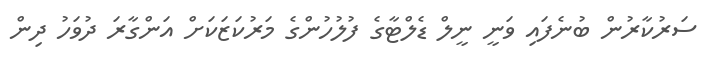
ސަރުކާރުން ބުނެފައި ވަނީ ނީލް ޑެލްޓާގެ ފުލުހުންގެ މަރުކަޒަކަށް އަންގާރަ ދުވަހު ދިން